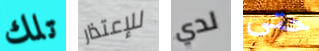
تلك للإعتذار لدي حتى